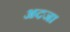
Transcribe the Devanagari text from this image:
अदजा